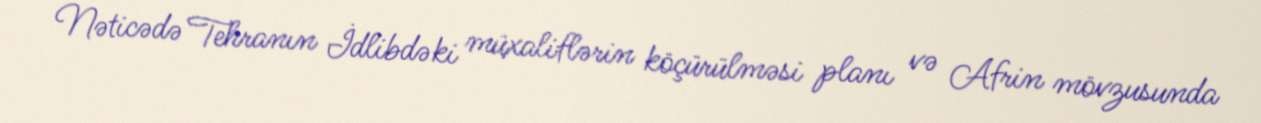
Nəticədə Tehranın İdlibdəki müxaliflərin köçürülməsi planı və Afrin mövzusunda